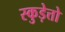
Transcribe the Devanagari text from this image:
स्कुड़ेत्तो